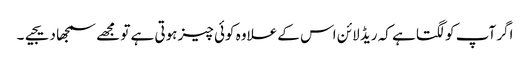
اگر آپ کو لگتا ہے کہ ریڈ لائن اس کے علاوہ کوئی چیز ہوتی ہے تو مجھے سمجھا دیجیے۔